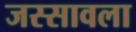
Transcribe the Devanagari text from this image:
जस्सावला